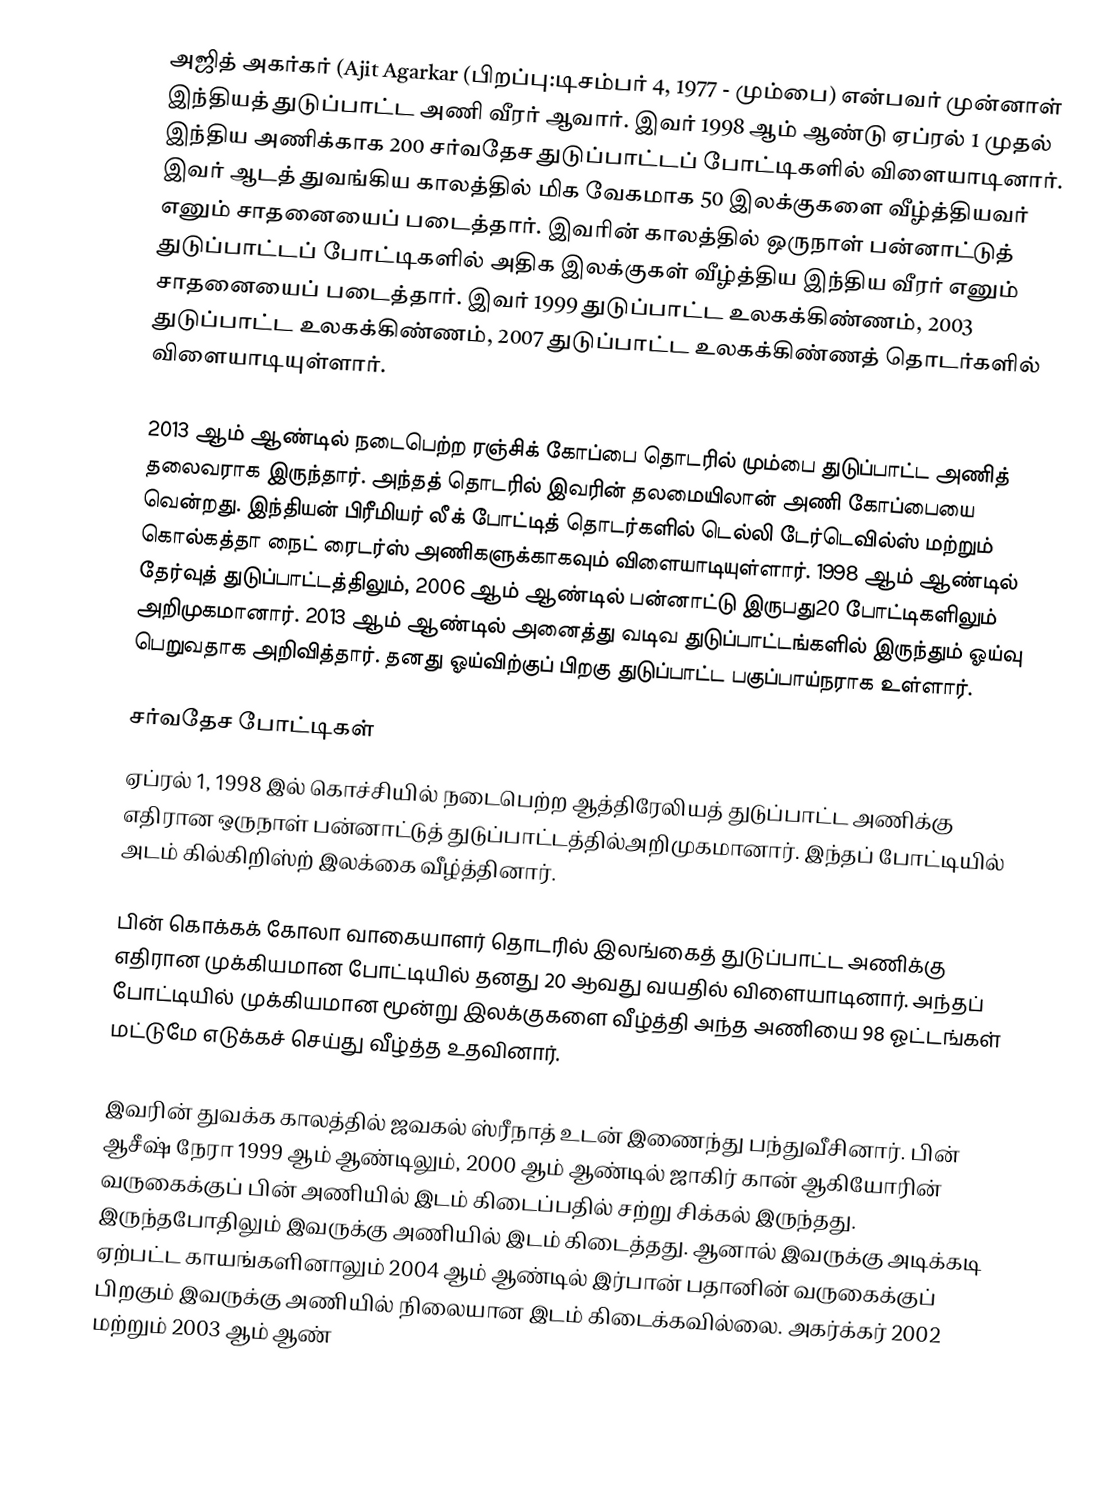
அஜித் அகர்கர் (Ajit  Agarkar  (பிறப்பு:டிசம்பர் 4, 1977 - மும்பை) என்பவர் முன்னாள் இந்தியத் துடுப்பாட்ட அணி வீரர் ஆவார். இவர் 1998 ஆம் ஆண்டு ஏப்ரல் 1 முதல் இந்திய அணிக்காக 200 சர்வதேச  துடுப்பாட்டப் போட்டிகளில் விளையாடினார். இவர் ஆடத் துவங்கிய காலத்தில் மிக வேகமாக 50 இலக்குகளை வீழ்த்தியவர் எனும் சாதனையைப் படைத்தார். இவரின் காலத்தில் ஒருநாள் பன்னாட்டுத் துடுப்பாட்டப் போட்டிகளில் அதிக இலக்குகள் வீழ்த்திய இந்திய வீரர் எனும் சாதனையைப் படைத்தார். இவர் 1999 துடுப்பாட்ட உலகக்கிண்ணம், 2003 துடுப்பாட்ட உலகக்கிண்ணம், 2007 துடுப்பாட்ட உலகக்கிண்ணத் தொடர்களில் விளையாடியுள்ளார்.

2013 ஆம் ஆண்டில் நடைபெற்ற ரஞ்சிக் கோப்பை தொடரில் மும்பை துடுப்பாட்ட அணித் தலைவராக இருந்தார். அந்தத் தொடரில் இவரின் தலமையிலான் அணி கோப்பையை வென்றது. இந்தியன் பிரீமியர் லீக் போட்டித் தொடர்களில் டெல்லி டேர்டெவில்ஸ் மற்றும் கொல்கத்தா நைட் ரைடர்ஸ் அணிகளுக்காகவும் விளையாடியுள்ளார். 1998 ஆம் ஆண்டில் தேர்வுத் துடுப்பாட்டத்திலும், 2006 ஆம் ஆண்டில் பன்னாட்டு இருபது20 போட்டிகளிலும் அறிமுகமானார். 2013 ஆம் ஆண்டில் அனைத்து வடிவ துடுப்பாட்டங்களில் இருந்தும் ஓய்வு பெறுவதாக அறிவித்தார். தனது ஓய்விற்குப் பிறகு துடுப்பாட்ட பகுப்பாய்நராக உள்ளார்.

சர்வதேச போட்டிகள்
ஏப்ரல் 1, 1998 இல் கொச்சியில் நடைபெற்ற ஆத்திரேலியத் துடுப்பாட்ட அணிக்கு எதிரான ஒருநாள் பன்னாட்டுத் துடுப்பாட்டத்தில்அறிமுகமானார். இந்தப் போட்டியில் அடம் கில்கிறிஸ்ற் இலக்கை வீழ்த்தினார்.

பின் கொக்கக் கோலா வாகையாளர் தொடரில் இலங்கைத் துடுப்பாட்ட அணிக்கு எதிரான முக்கியமான போட்டியில் தனது 20 ஆவது வயதில் விளையாடினார். அந்தப் போட்டியில் முக்கியமான மூன்று இலக்குகளை வீழ்த்தி அந்த அணியை 98 ஓட்டங்கள் மட்டுமே எடுக்கச் செய்து வீழ்த்த உதவினார்.

இவரின் துவக்க காலத்தில் ஜவகல் ஸ்ரீநாத் உடன் இணைந்து பந்துவீசினார். பின் ஆசீஷ் நேரா 1999 ஆம் ஆண்டிலும், 2000 ஆம் ஆண்டில் ஜாகிர் கான் ஆகியோரின் வருகைக்குப் பின் அணியில் இடம் கிடைப்பதில் சற்று சிக்கல் இருந்தது. இருந்தபோதிலும் இவருக்கு அணியில் இடம் கிடைத்தது. ஆனால் இவருக்கு அடிக்கடி ஏற்பட்ட காயங்களினாலும் 2004 ஆம் ஆண்டில் இர்பான் பதானின் வருகைக்குப் பிறகும் இவருக்கு அணியில் நிலையான இடம் கிடைக்கவில்லை. அகர்க்கர் 2002 மற்றும் 2003 ஆம் ஆண்